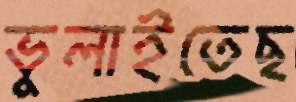
ভুলাইতেছ